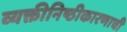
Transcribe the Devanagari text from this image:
व्यक्तीनिष्ठीकारणाची